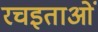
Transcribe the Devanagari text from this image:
रचइताओं